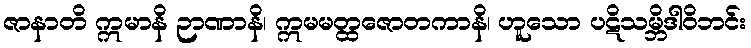
ဇာနာတိ ဣမာနိ ဉာဏာနိ၊ ဣမမတ္ထဇောတကာနိ၊ ဟူသော ပဋိသမ္ဘိဒါဝိဘင်း